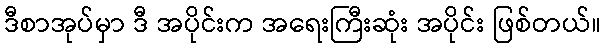
ဒီစာအုပ်မှာ ဒီ အပိုင်းက အရေးကြီးဆုံး အပိုင်း ဖြစ်တယ်။